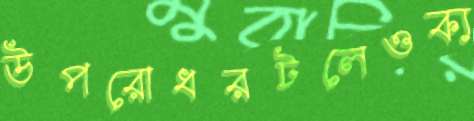
উপরোধরটলেওক্য